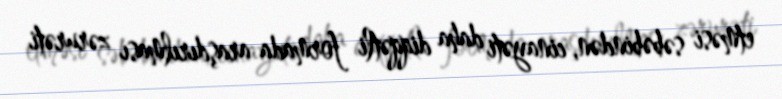
etməsi səbəbindən, cinayəti daha diqqətli formada araşdırılması zərurəti